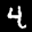
Label: 4